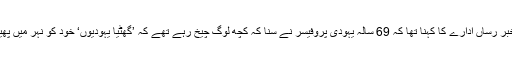
مقامی خبر رساں ادارے کا کہنا تھا کہ 69 سالہ یہودی پروفیسر نے سنا کہ کچھ لوگ چیخ رہے تھے کہ ’گھٹیا یہودیوں‘ خود کو نہر میں پھینک دو۔